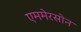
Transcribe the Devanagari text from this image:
एममेरसोन